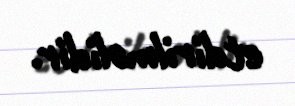
etdirilməlidir.